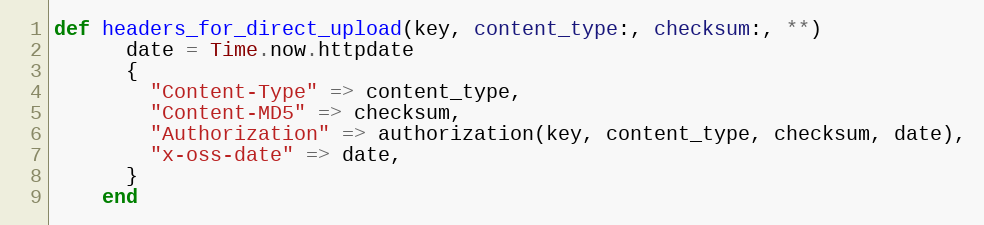
Language: Ruby
def headers_for_direct_upload(key, content_type:, checksum:, **)
      date = Time.now.httpdate
      {
        "Content-Type" => content_type,
        "Content-MD5" => checksum,
        "Authorization" => authorization(key, content_type, checksum, date),
        "x-oss-date" => date,
      }
    end